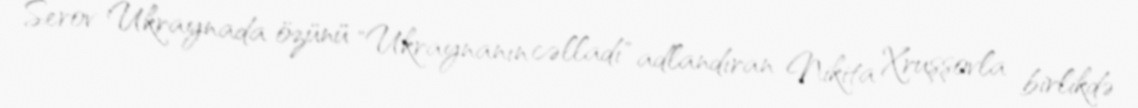
Serov Ukraynada özünü "Ukraynanın cəlladı" adlandıran Nikita Xruşşovla birlikdə